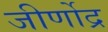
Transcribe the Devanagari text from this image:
जीर्णोद्र